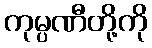
ကုမ္ပဏီတို့ကို